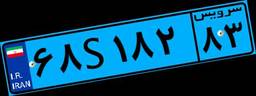
۸۳S۴۵۱۳۱